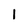
Character: 1